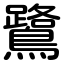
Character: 鷺